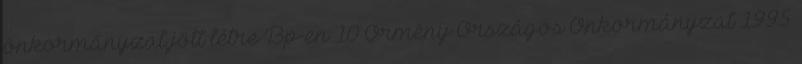
önkormányzat jött létre Bp-en 10 Örmény Országos Önkormányzat 1995